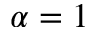
\alpha = 1